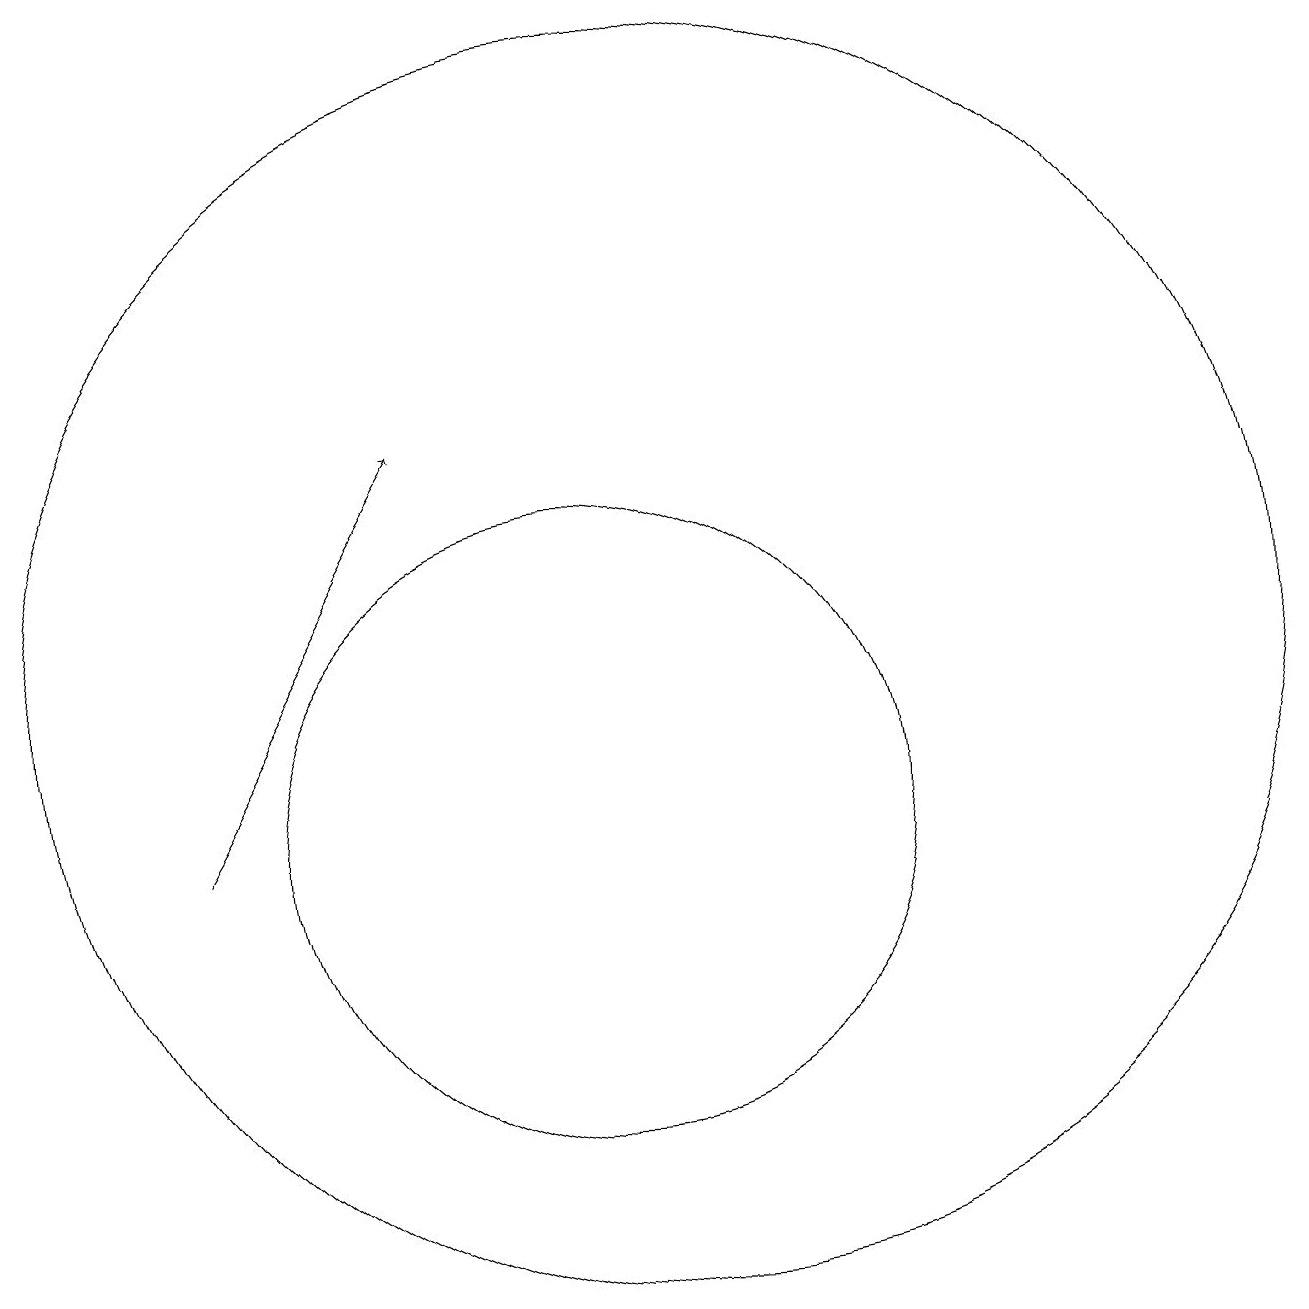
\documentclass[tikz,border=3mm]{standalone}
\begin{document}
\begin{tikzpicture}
\draw[->] (5,10) -- (8,15);
\draw (11,12) circle (8);
\draw (10,10) circle (4);
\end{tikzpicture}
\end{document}